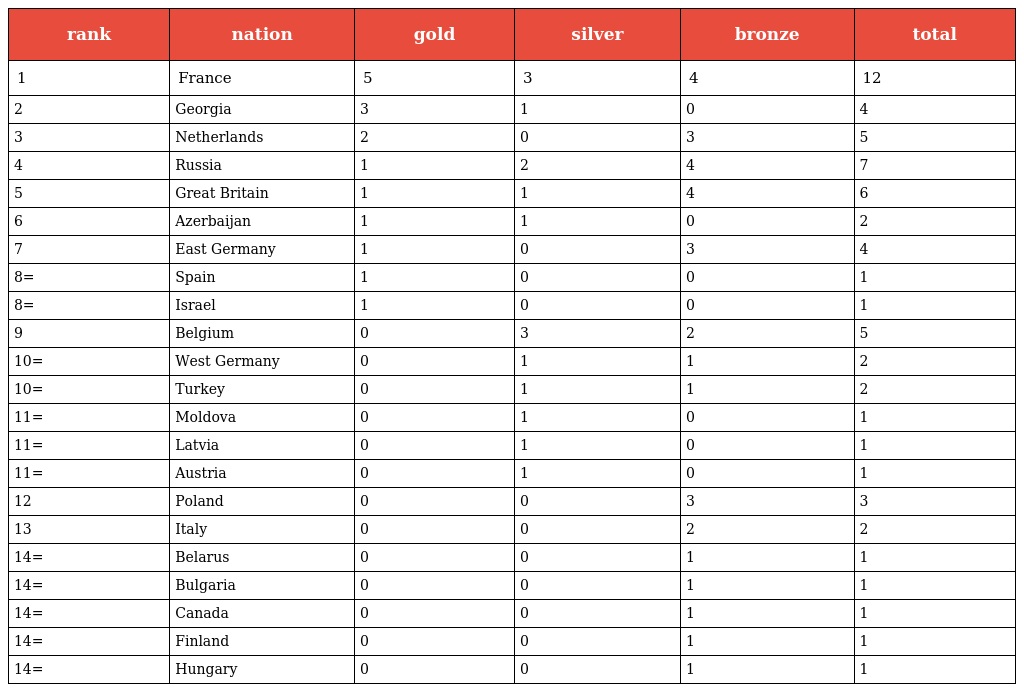
| rank | nation | gold | silver | bronze | total |
 | --- | --- | --- | --- | --- | --- |
 | 1 | France | 5 | 3 | 4 | 12 |
 | 2 | Georgia | 3 | 1 | 0 | 4 |
 | 3 | Netherlands | 2 | 0 | 3 | 5 |
 | 4 | Russia | 1 | 2 | 4 | 7 |
 | 5 | Great Britain | 1 | 1 | 4 | 6 |
 | 6 | Azerbaijan | 1 | 1 | 0 | 2 |
 | 7 | East Germany | 1 | 0 | 3 | 4 |
 | 8= | Spain | 1 | 0 | 0 | 1 |
 | 8= | Israel | 1 | 0 | 0 | 1 |
 | 9 | Belgium | 0 | 3 | 2 | 5 |
 | 10= | West Germany | 0 | 1 | 1 | 2 |
 | 10= | Turkey | 0 | 1 | 1 | 2 |
 | 11= | Moldova | 0 | 1 | 0 | 1 |
 | 11= | Latvia | 0 | 1 | 0 | 1 |
 | 11= | Austria | 0 | 1 | 0 | 1 |
 | 12 | Poland | 0 | 0 | 3 | 3 |
 | 13 | Italy | 0 | 0 | 2 | 2 |
 | 14= | Belarus | 0 | 0 | 1 | 1 |
 | 14= | Bulgaria | 0 | 0 | 1 | 1 |
 | 14= | Canada | 0 | 0 | 1 | 1 |
 | 14= | Finland | 0 | 0 | 1 | 1 |
 | 14= | Hungary | 0 | 0 | 1 | 1 |